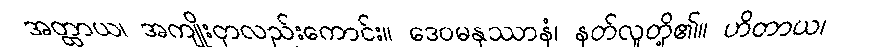
အတ္ထာယ၊ အကျိုးငှာလည်းကောင်း။ ဒေဝမနုဿာနံ၊ နတ်လူတို့၏။ ဟိတာယ၊